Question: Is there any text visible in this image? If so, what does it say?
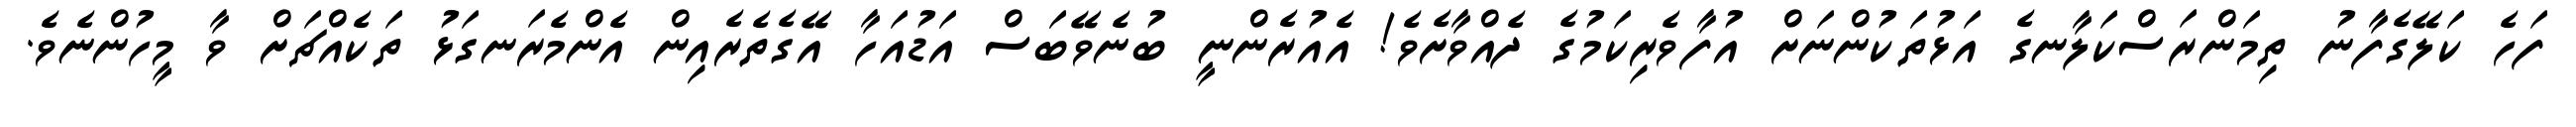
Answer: ފަހެ ކަލޭގެފާނު ތިމަންރަސްކަލާނގެ އަޅުތަކުންނަށް އުފާވެރިކަމުގެ ދެއްވާށެވެ! އެއުރެންނީ ބުނެވޭބަސް އަޑުއަހާ އޭގެތެރެއިން އެންމެރަނގަޅު ތަކެއްޗަށް ވާ މީހުންނެވެ.